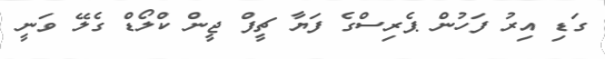
ގަޑި އިރު ފަހުން ޕެރިސްގެ ފަޔާ ޗީފް ޖީން ކްލޯޑް ގެލޭ ވަނީ